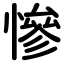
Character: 慘